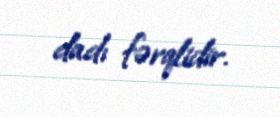
dadı fərqlidir.